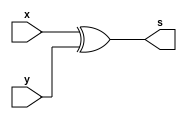
// ------------------------- 
// Exemplo0024 - FULL COMPARATOR (DIFFERENCE)
// Nome: Thaise Souto 
// ------------------------- 

// ------------------------- 
// half comparator 
// ------------------------- 
module halfComp (output s, input x, input y);
	wire diff;
	
	xor DIFF (diff, x, y);
	
	assign s = diff;
endmodule // halfComp

// ------------------------- 
// Exercicio0024 - Full Comparator (Difference) 6bits
// ------------------------- 
module fc6 (output s, input [5:0]a, input [5:0]b);
	wire s0, s1, s2, s3, s4, s5, saida; 
	
	halfComp HC0 (s0, a[0], b[0]);
	
	halfComp HC1 (s1, a[1], b[1]);
	
	halfComp HC2 (s2, a[2], b[2]);
	
	halfComp HC3 (s3, a[3], b[3]);
	
	halfComp HC4 (s4, a[4], b[4]);
	
	halfComp HC5 (s5, a[5], b[5]);
		
	or Verificador (saida, s0, s1, s2, s3, s4, s5);
	
	assign s = saida;
endmodule //exercicio

module test_difference; 
// ------------------------- definir dados 
	reg [5:0] x; 
	reg [5:0] y;
	wire diff; 
	fc6 SUB (diff, x, y);

// ------------------------- parte principal 
	initial begin 
		$display("Exemplo0024 - Thaise Souto - 395504"); 
		$display("Test ALU's full comparator (difference) "); 
		
		// projetar testes do somador completo
		#1 x = 6'b110101; y = 6'b001011;
		$monitor("%6b != %6b ? %1b", x, y, diff);

		#2 x = 6'b000000; y = 6'b000000;
		#3 x = 6'b111111; y = 6'b000000;
		#4 x = 6'b111111; y = 6'b111111;	
	end 
endmodule // test_difference